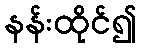
နန်းထိုင်၍